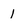
Character: 1